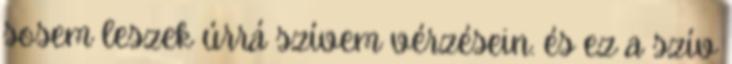
sosem leszek úrrá szívem vérzésein. és ez a szív